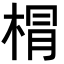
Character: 𣓍